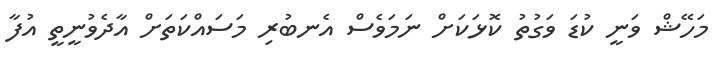
މަހޭޝް ވަނީ ކުޑަ ވަގުތު ކޮޅަކަށް ނަމަވެސް އެނބުރި މަސައްކަތަށް އާދެވުނީތީ އުފާ